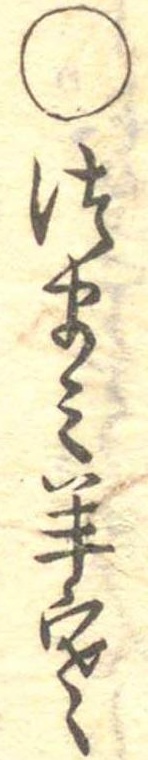
○つまみ羊寒